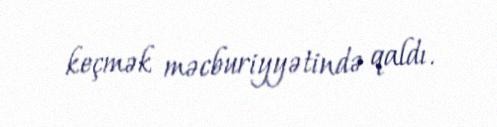
keçmək məcburiyyətində qaldı.